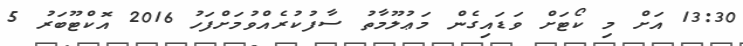
13:30 އަށް މި ކޯޓަށް ވަޑައިގެން މަޢުލޫމާތު ސާފުކުރެއްވުމަށްފަހު 2016 އޮކްޓޫބަރު 5